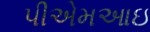
પીએમઆઇ